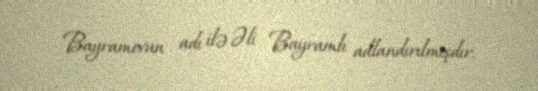
Bayramovun adı ilə Əli Bayramlı adlandırılmışdır.